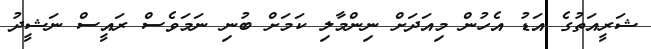
ޝަރީއަތުގެ އަޑު އެހުން މިއަދަށް ނިންމާލި ކަމަށް ބުނި ނަމަވެސް ރައީސް ނަޝީދު